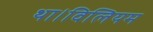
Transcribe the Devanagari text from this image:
था।विलियम